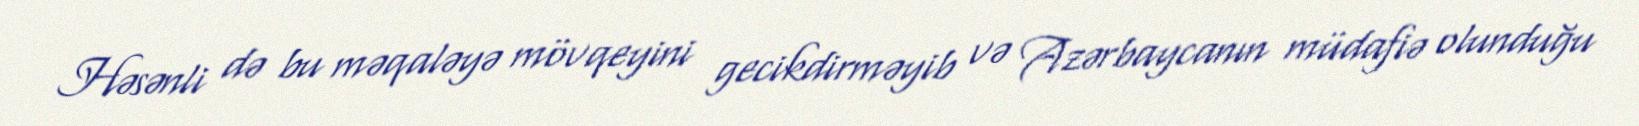
Həsənli də bu məqaləyə mövqeyini gecikdirməyib və Azərbaycanın müdafiə olunduğu